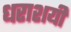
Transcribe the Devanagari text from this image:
धराशयी